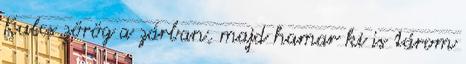
Kulcs zörög a zárban, majd hamar ki is tárom